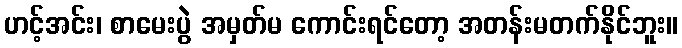
ဟင့်အင်း၊ စာမေးပွဲ အမှတ်မ ကောင်းရင်တော့ အတန်းမတက်နိုင်ဘူး။